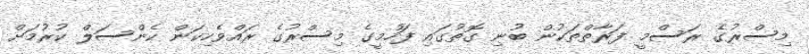
މިސްރުގެ ރަސްމީ ފަރާތްތަކުން ބުނި ގޮތުގައި ފަހުމީގެ މިސްރުގެ ރައްވެހިކަން ކެންސަލް ކުރުމަށް